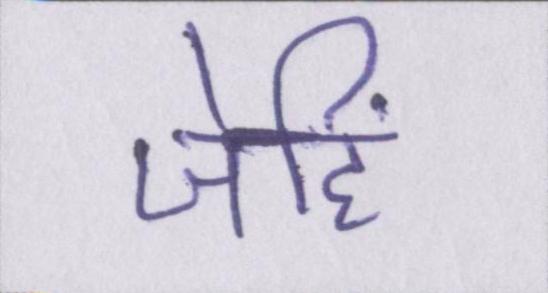
जेहिं